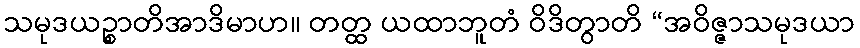
သမုဒယဉ္စာတိအာဒိမာဟ။ တတ္ထ ယထာဘူတံ ဝိဒိတွာတိ “အဝိဇ္ဇာသမုဒယာ